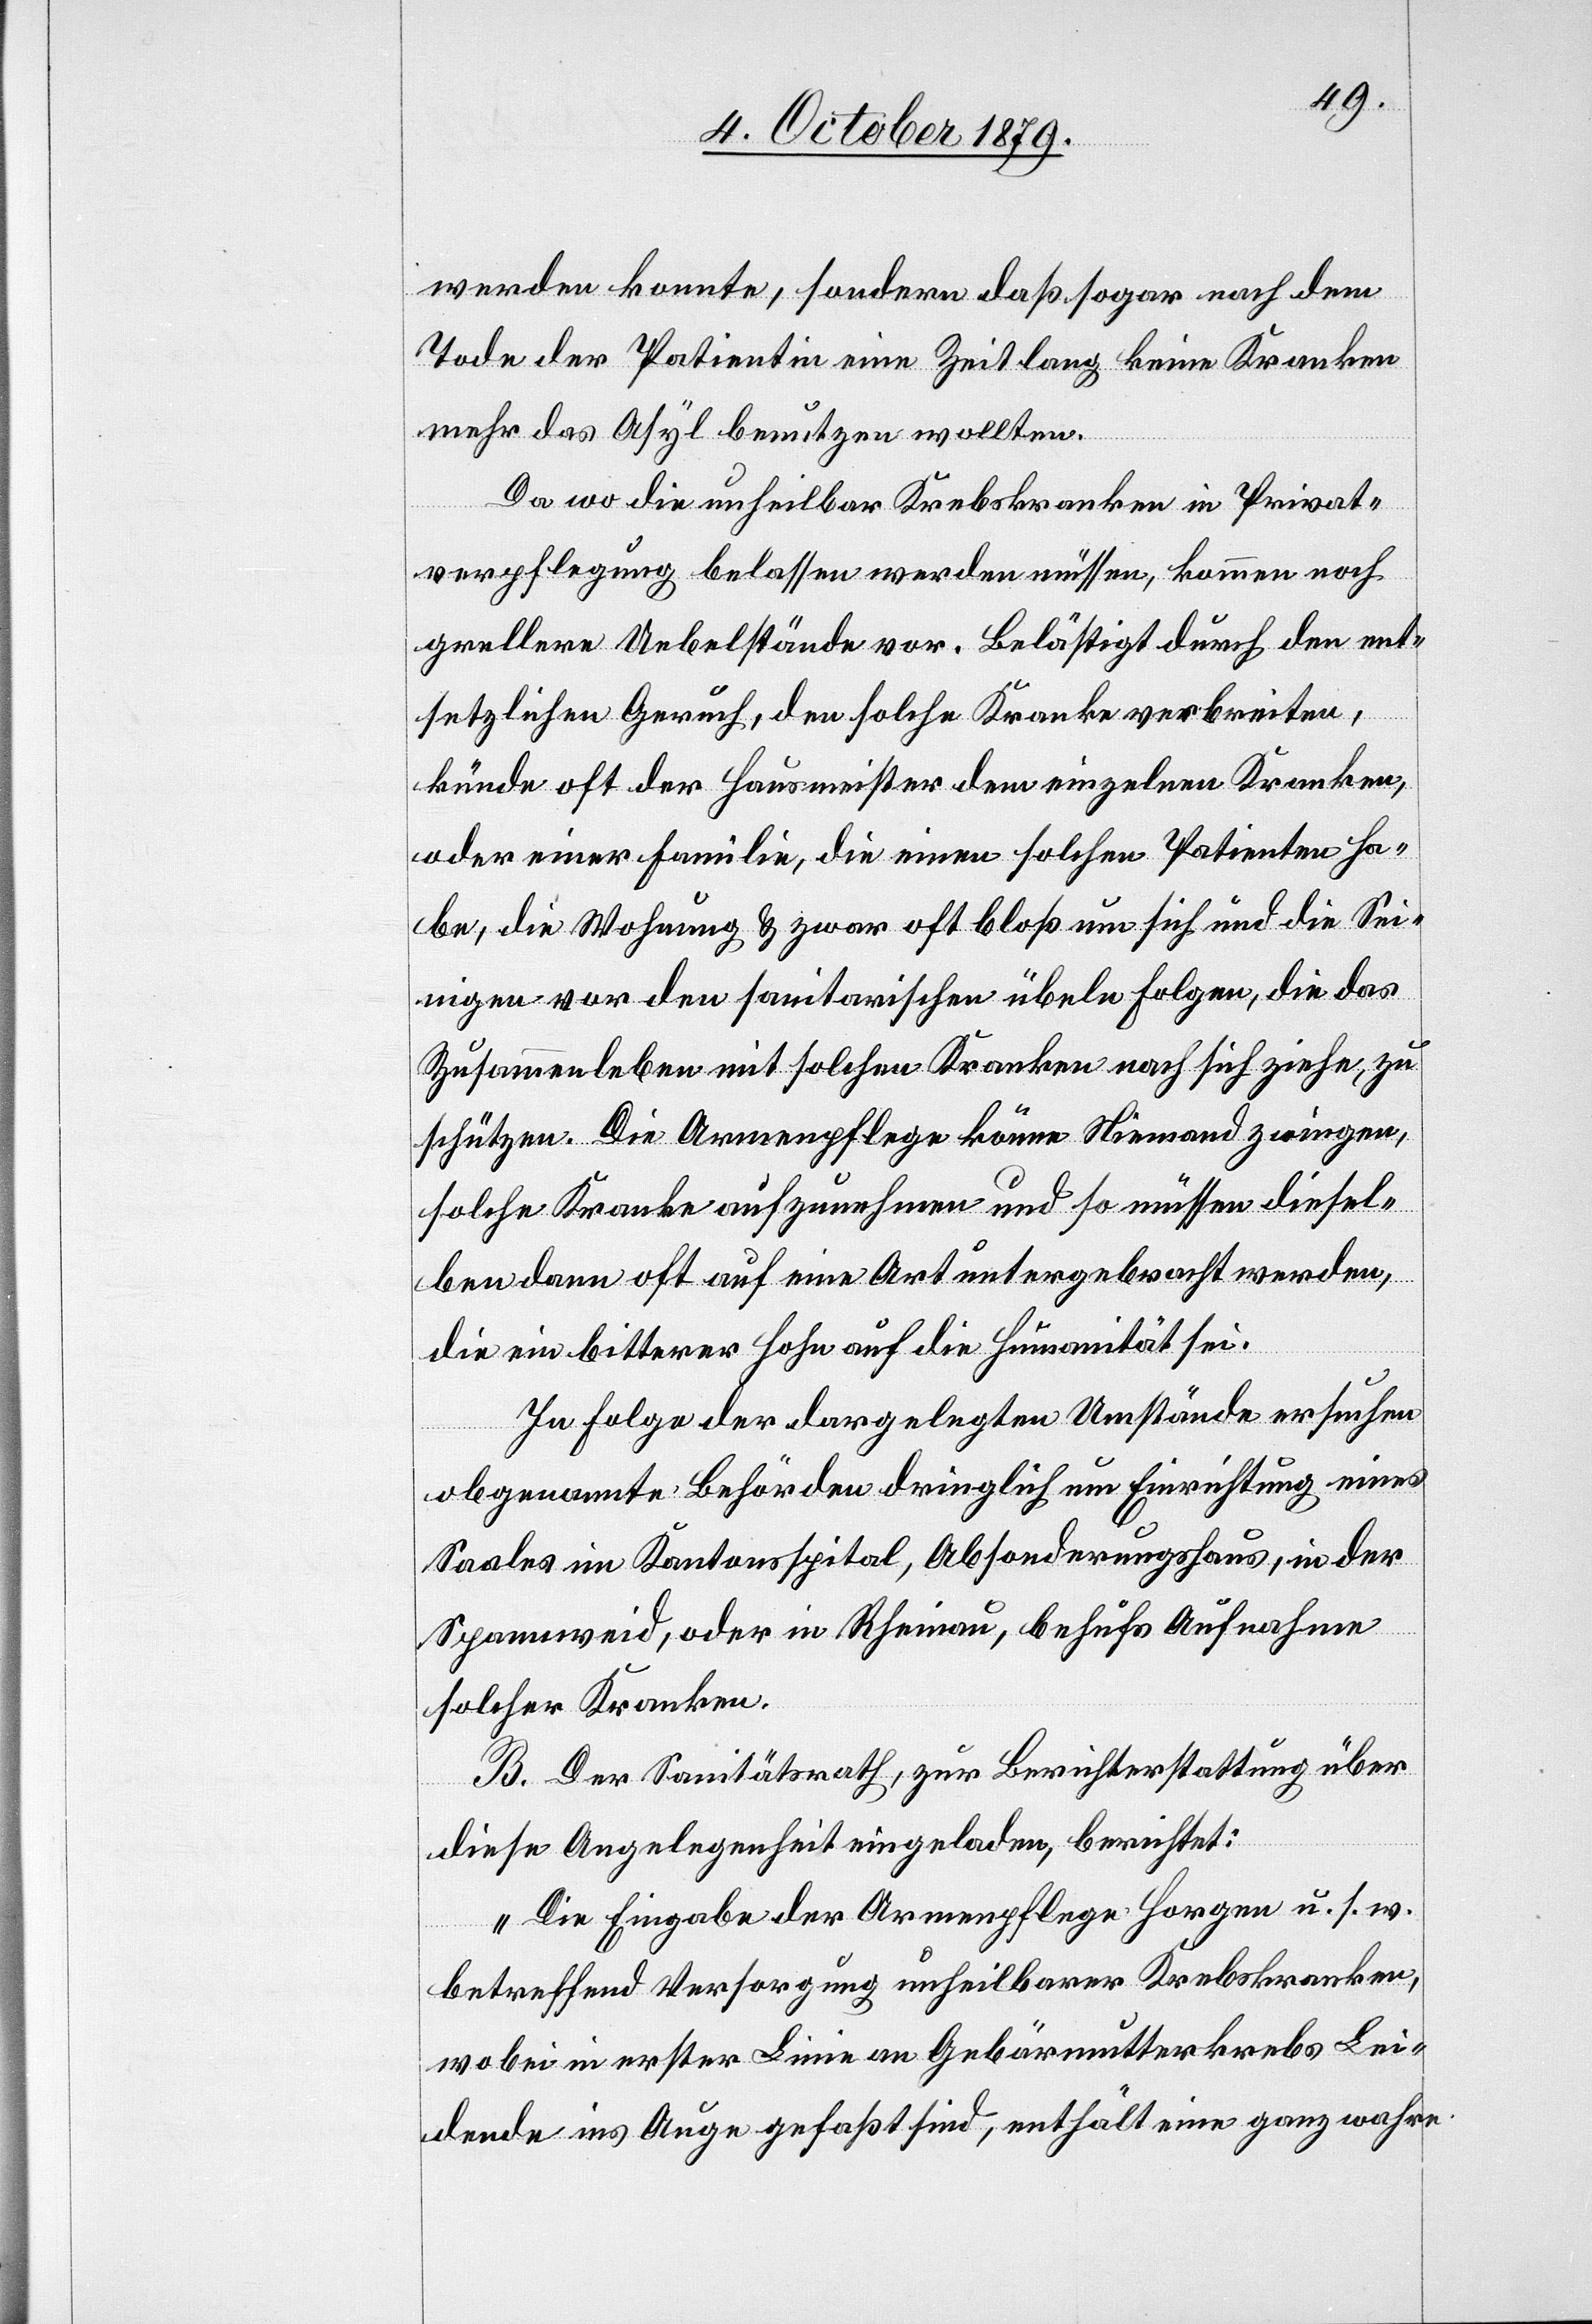
werden konnte, sondern daß sogar nach dem
Tode der Patientin eine Zeit lang keine Kranken
mehr das Asyl benutzen wollten.
Da wo die unheilbar Krebskranken in Privat¬
verpflegung belassen werden müssen, kommen noch
grellere Uebelstände vor. Belästigt durch den ent¬
setzlichen Geruch, den solche Kranke verbreiten,
künde oft der Hausmeister dem einzelnen Kranken,
oder einer Familie, die einen solchen Patienten ha¬
be, die Wohnung & zwar oft bloß um sich und die Sei¬
nigen vor den sanitarischen übeln Folgen, die das
Zusammenleben mit solchen Kranken nach sich ziehe, zu
schützen. Die Armenpflege könne Niemand zwingen,
solche Kranke aufzunehmen und so müssen diesel¬
ben dann oft auf eine Art untergebracht werden,
die ein bitterer Hohn auf die Humanität sei.
In Folge der dargelegten Umstände ersuchen
obgenannte Behörden dringlich um Einrichtung eines
Saales im Kantonsspital, Absonderungshaus, in der
Spannweid, oder in Rheinau, behufs Aufnahme
solcher Kranken.
B. Der Sanitätsrath, zur Berichterstattung über
diese Angelegenheit eingeladen, berichtet:
„Die Eingabe der Armenpflege Horgen u. s. w.
betreffend Verfügung unheilbarer Krebskranken,
wobei in erster Linie an Gebärmutterkrebs Lei¬
dende ins Auge gefasst sind, enthält eine ganz wahre